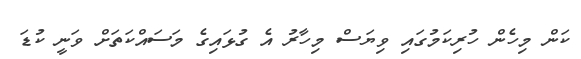
ކަން މިހެން ހުރިކަމުގައި ވިޔަސް މިހާރު އެ ގުޅައިގެ މަސައްކަތަށް ވަނީ ކުޑަ